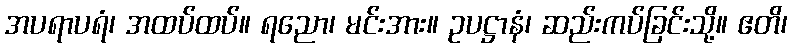
အပရာပရံ၊ အထပ်ထပ်။ ရညော၊ မင်းအား။ ဥပဋ္ဌာနံ၊ ဆည်းကပ်ခြင်းသို့။ ဧတိ၊